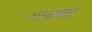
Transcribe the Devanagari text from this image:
गाढकर